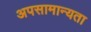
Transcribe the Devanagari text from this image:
अपसामान्यता